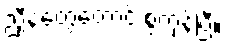
ညှီနံ့တွေတောင် စွဲကုန်ပြီ။